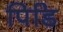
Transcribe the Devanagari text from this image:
पिडि